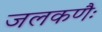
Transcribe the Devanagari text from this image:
जलकणैः